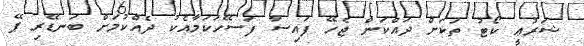
ޝަރުޢީ ކޯޓު ތަކަށް ދައްކަން ޖެހޭ ފައިސާ ފަސޭހަކަމާއެކު ދެއްކުމަށް ބަނޑޭރި ޕޭ